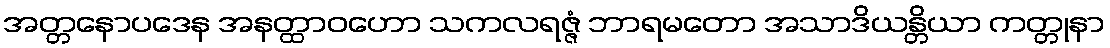
အတ္တနောပဒေန အနတ္ထာဝဟော သကလရဇ္ဇံ ဘာရမတော အသာဒိယန္တိယာ ကတ္တုနာ